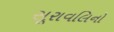
સૂરાવલિનો